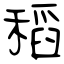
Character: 稻